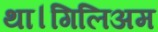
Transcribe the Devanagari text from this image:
था।गिलिअम